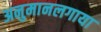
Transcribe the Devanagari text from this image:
अनुमानलगाया